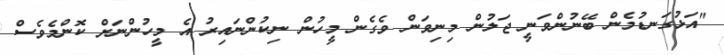
"އަޅުގަނޑުމެން ބޭނުންވަނީ ޖަލުން މިނިވަން ވެގެން މީހުން ނިކުންނައިރު އެ މީހުންނަށް ކޮންމެވެސް